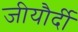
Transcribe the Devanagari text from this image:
जीयौर्दी